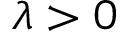
\lambda > 0